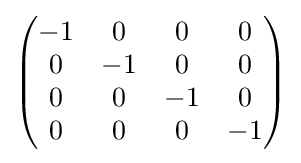
{\begin{pmatrix}-1&0&0&0\\0&-1&0&0\\0&0&-1&0\\0&0&0&-1\end{pmatrix}}